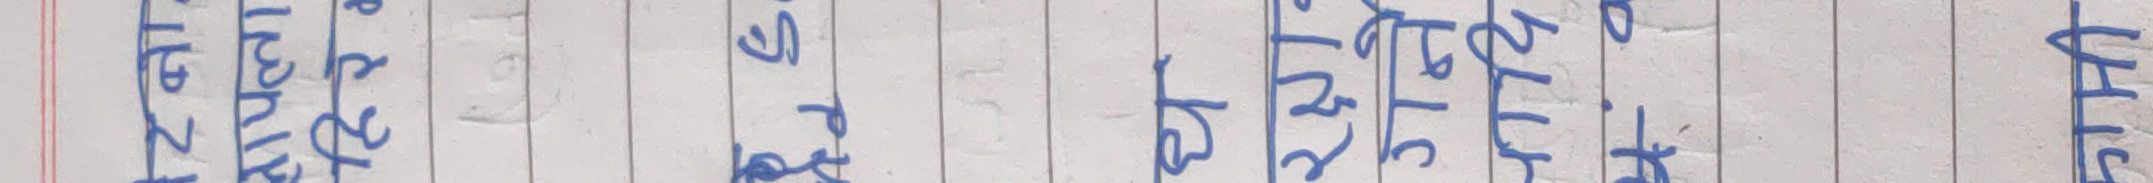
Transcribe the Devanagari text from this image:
समाचार पत्रलाई